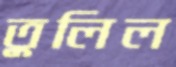
তুলিল